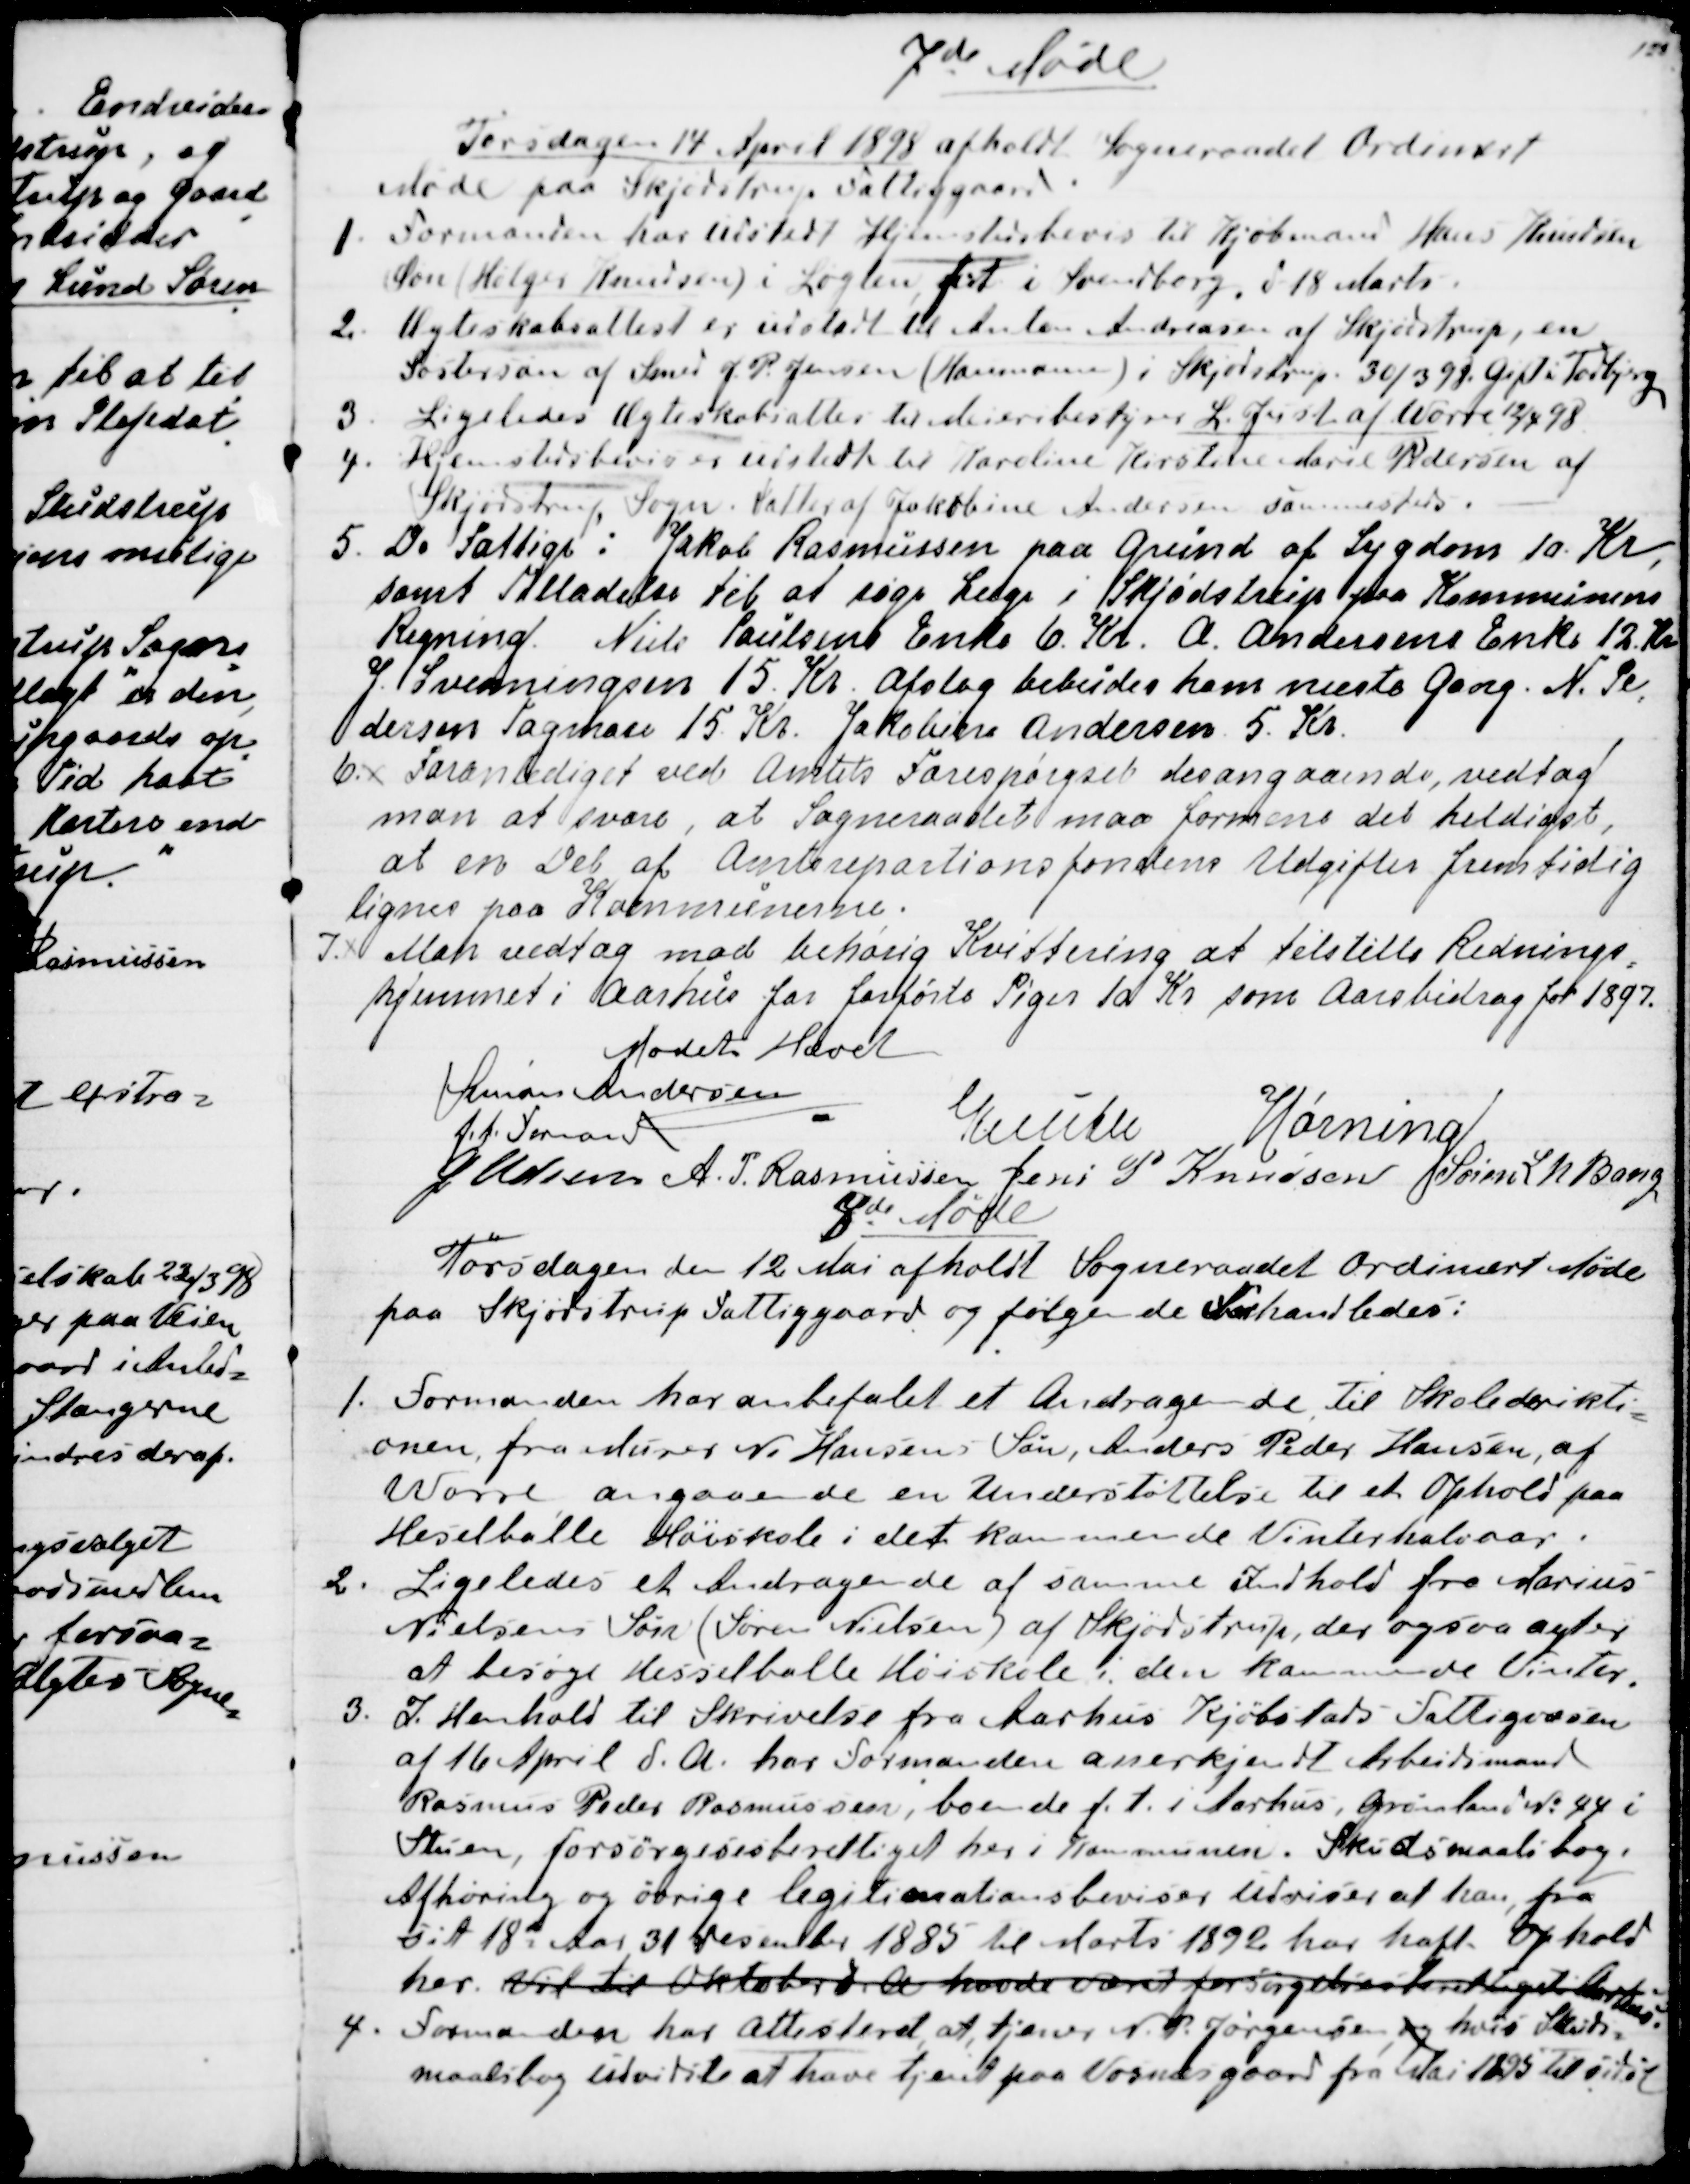
Transskription:
7de Møde
 Torsdagen 14. April 1898 afholdt Sogneraadet Ordinært
Møde paa Skjødstrup Fattiggaard.
1. Formanden har udstedt Hjemstedsbevis til Kjøbmand Hans Knudsen
Søn (Holger Knudsen) i Løgten, f.t.  i Svendborg, d 18 Marts.
2.  Ægteskabsattest er udstedt til Anton Andreasen af Skjødstrup,en
Søstersøn af Smed J. P. Jensen (Haumann) i Skjødstrup. 30/3 98. Gift i Todbjerg
3. Ligeledes Ægteskabsattest til Meieribestyrer L. Just af Worre 12/4 98
4. Hjemstedsbevis er udstedt til Karoline Kirstine Marie Pedersen af
Skjødstrup Sogn. Datter af Jakobine Andersen sammesteds.
5.  De Fattige: Jakob Rasmussen paa Grund af Sygdom 10. Kr,
samt Tilladelse til at søge Læge i Skjødstrup paa Kommunens
Regning. Niels Poulsens Enke 6. Kr.  A. Andersens Enke 12. Kr
J. Svenningsen 15. Kr. Afslag bebudes ham næste Gang. N. Pe
-
dersen Tagmose 15. Kr. Jakobine Andersen 5. Kr.
6.
Foranlediget ved Amtets Forespørgsel desangaaende vedtog
man at svare, at Sogneraadet maa formene det heldigst,
at en Del af Amtsrepartionsfondens Udgifter fremtidig
lignes paa Kommunerne.
7.
Man vedtog mod behørig Kvittering at tilstille Rednings
=
hjemmet i Aarhus for forførte Piger 10 Kr som Aarsbidrag for 1897.
Mødet Hævet 
Simon Andersen
F.t. Formand
Knuth
Hørning
J Udsen
A.P. Rasmussen
Jens P Knudsen
Søren L N Bang

8de Møde
Torsdagen den 12 Mai afholdt Sogneraadet ordinært Møde
paa Skjødstrup Fatiggaard og følgende behandledes:
1. Formanden har anbefalet et Andragende til Skolederikti
=
onen, fra Murer N. Hansens Søn, Anders Peder Hansen, af
Worre angaaende en Understøttelse til et Ophold paa
Heselballe Høiskole i det kommende Vinterhalvaar.
2. Ligeledes et Andragende af samme Indhold fra Marius
Nielsens Søn (Søren Nielsen) af Skjødstrup, der ogsaa agter
at besøge Hesselballe Høiskole i den kommende Vinter.
3. I Henhold til Skrivelse fra Aarhus Kjøbstads Fattigvæsen
af 16. April d. A. har Formanden anerkjendt Arbejdsmand
Rasmus Peder Rasmussen, boende f. t. i Aarhus, Grønland № 44 i
Stuen, forsørgelsesberettiget her i Kommunen. Skudsmaalsbog,
Afhøring og øvrige legitimationsbeviser udviser at han, fra
sit 18de Aar 31 desember 1885 til Marts 1892 har haft Ophold
her. Vil til Oktober d. A havde været forsørgelsesberettiget i Aarhus.
4. Formanden har Attesteret at, tjener N. P. Jørgensen, og hvis Skuds=
maalsbog udviste at have tjent paa Vosnæsgaard fra Mai 1895 til sidst